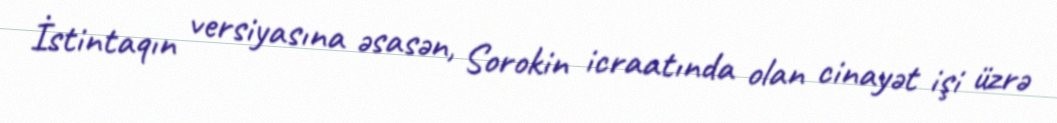
İstintaqın versiyasına əsasən, Sorokin icraatında olan cinayət işi üzrə